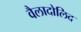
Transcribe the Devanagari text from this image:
वैलादोलिद